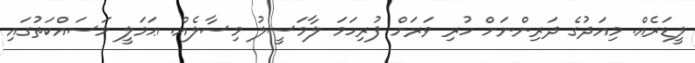
ލީޑަރެއް. މިއަދުގެ ދަރިންނަށް ހުރި ވަރަށް ފުރިހަމަ ލާމަސީލު މިސާލެއް. ޢަމަލީ މަސައްކަތުގައި